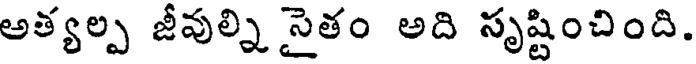
అత్యల్ప జీవుల్ని సైతం అది సృష్టించింది.